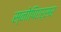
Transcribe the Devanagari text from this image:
स्नोपिएर्सर